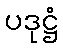
ပဒုဋ္ဌံ